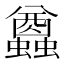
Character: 𧔭